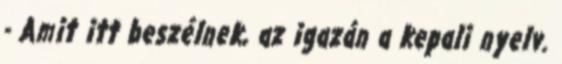
- Amit itt beszélnek, az igazán a kepali nyelv.